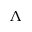
\Lambda